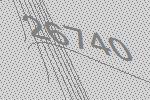
26740